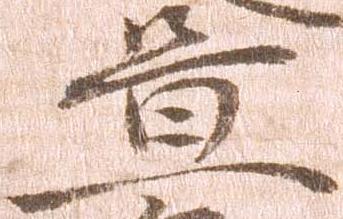
置